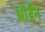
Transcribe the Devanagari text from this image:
ऑर्डेन